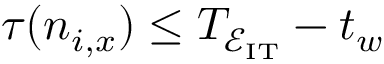
\tau ( n _ { i , x } ) \leq T _ { \mathcal { E _ { \mathrm { I T } } } } - t _ { w }